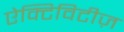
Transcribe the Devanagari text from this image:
ऐक्टिविटीज़